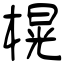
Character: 榥